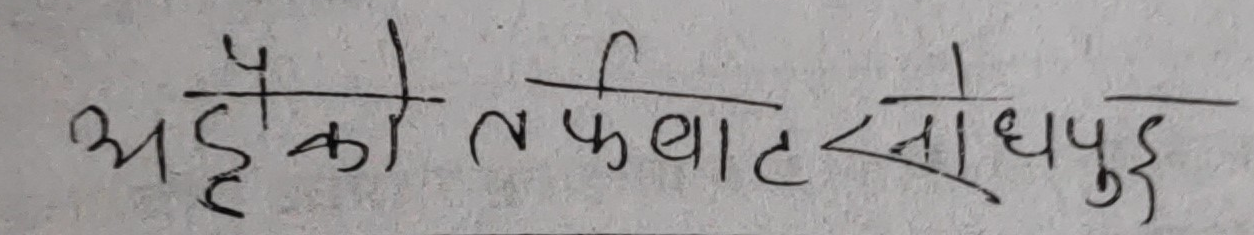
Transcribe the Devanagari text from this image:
अहिलेको तर्फबाट सोधपुछ